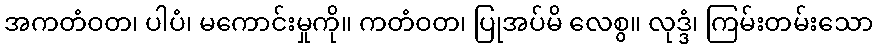
အကတံဝတ၊ ပါပံ၊ မကောင်းမှုကို။ ကတံဝတ၊ ပြုအပ်မိ လေစွ။ လုဒ္ဒံ၊ ကြမ်းတမ်းသော